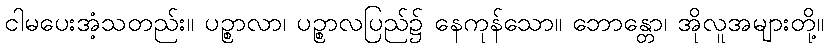
ငါမပေးအံ့သတည်း။ ပဉ္စာလာ၊ ပဉ္စာလပြည်၌ နေကုန်သော။ ဘောန္တော၊ အိုလူအများတို့။